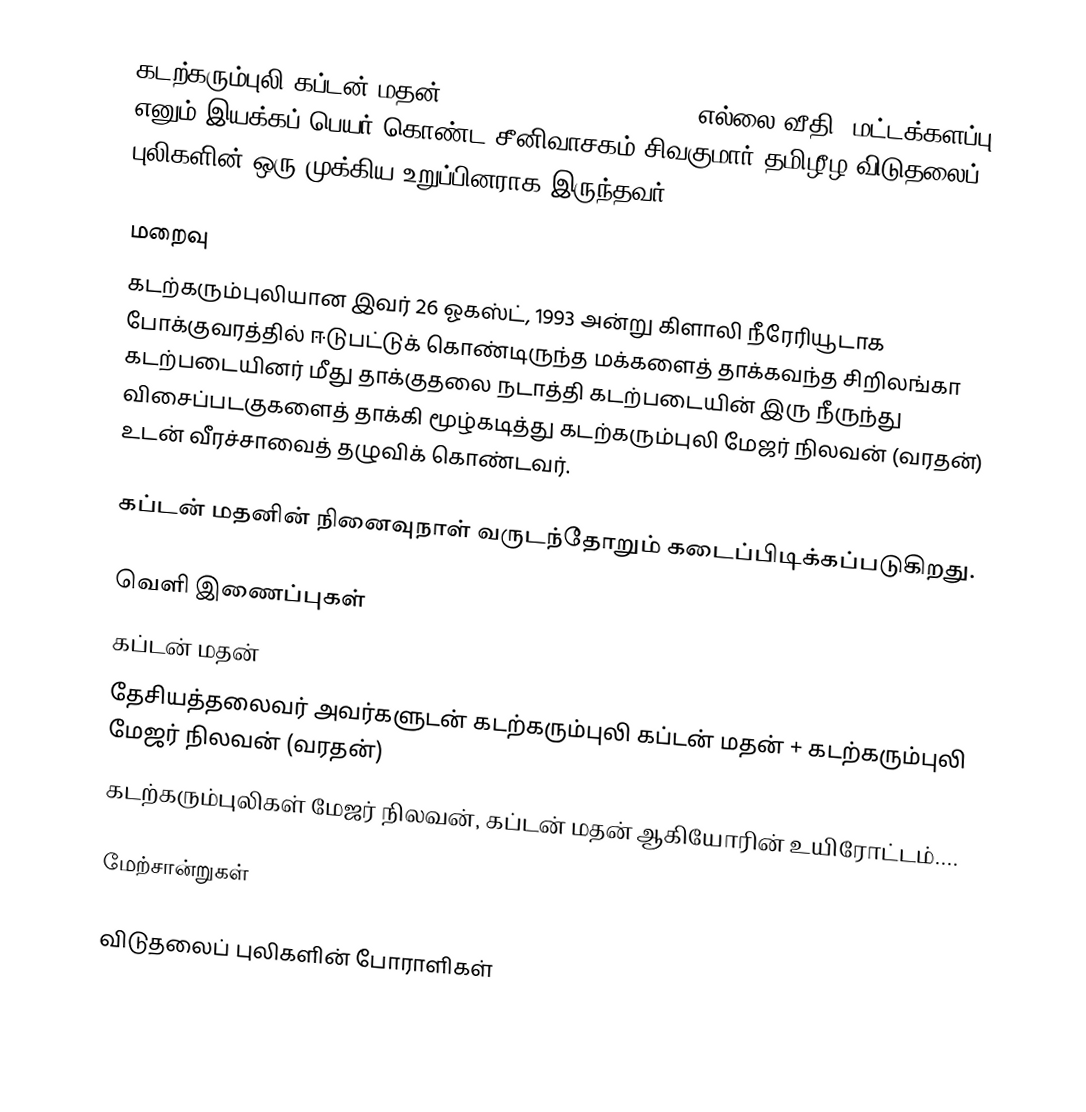
கடற்கரும்புலி கப்டன் மதன் (07/09/1975 - 26/08/1993; எல்லை வீதி, மட்டக்களப்பு) எனும் இயக்கப் பெயர் கொண்ட சீனிவாசகம் சிவகுமார் தமிழீழ விடுதலைப் புலிகளின் ஒரு முக்கிய உறுப்பினராக இருந்தவர்.

மறைவு
கடற்கரும்புலியான இவர் 26 ஓகஸ்ட், 1993 அன்று கிளாலி நீரேரியூடாக போக்குவரத்தில் ஈடுபட்டுக் கொண்டிருந்த மக்களைத் தாக்கவந்த சிறிலங்கா கடற்படையினர் மீது தாக்குதலை நடாத்தி கடற்படையின் இரு நீருந்து விசைப்படகுகளைத் தாக்கி மூழ்கடித்து கடற்கரும்புலி மேஜர் நிலவன் (வரதன்) உடன் வீரச்சாவைத் தழுவிக் கொண்டவர்.

கப்டன் மதனின் நினைவுநாள் வருடந்தோறும் கடைப்பிடிக்கப்படுகிறது.

வெளி இணைப்புகள்
 கப்டன் மதன்
 தேசியத்தலைவர் அவர்களுடன் கடற்கரும்புலி  கப்டன் மதன் + கடற்கரும்புலி மேஜர் நிலவன் (வரதன்)
 கடற்கரும்புலிகள் மேஜர் நிலவன், கப்டன் மதன் ஆகியோரின் உயிரோட்டம்....

மேற்சான்றுகள்

விடுதலைப் புலிகளின் போராளிகள்